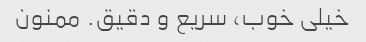
خیلی خوب، سریع و دقیق. ممنون